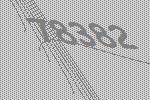
78382